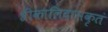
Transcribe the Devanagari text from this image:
श्रीकालिदासकृतं